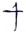
Text: +